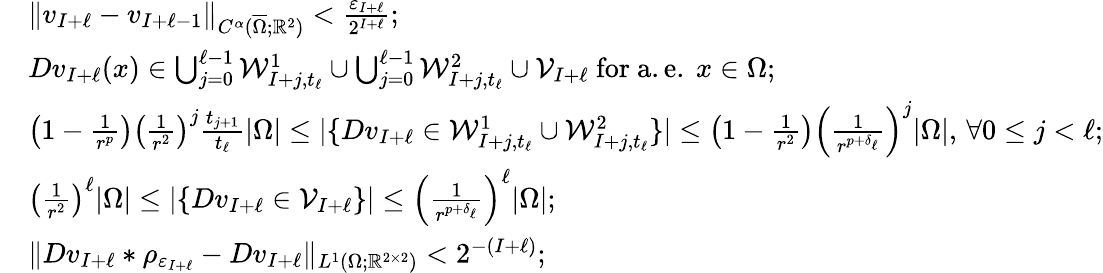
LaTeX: \begin{array}{rl}&{\| v_{I+\ell}-v_{I+\ell-1}\| _{C^{\alpha}(\overline{{\Omega}};\mathbb R^{2})}<\frac{\varepsilon_{I+\ell}}{2^{I+\ell}};}\\ &{Dv_{I+\ell}(x)\in\bigcup_{j=0}^{\ell-1}\mathcal{W}_{I+j,t_{\ell}}^{1}\cup\bigcup_{j=0}^{\ell-1}\mathcal{W}_{I+j,t_{\ell}}^{2}\cup\mathcal{V}_{I+\ell}\mathrm{~for~a.e.~}x\in\Omega;}\\ &{\left(1-\frac{1}{r^{p}}\right)\left(\frac{1}{r^{2}}\right)^{j}\frac{t_{j+1}}{t_{\ell}}|\Omega|\leq|\{ Dv_{I+\ell}\in\mathcal{W}_{I+j,t_{\ell}}^{1}\cup\mathcal{W}_{I+j,t_{\ell}}^{2}\} |\leq\left(1-\frac{1}{r^{2}}\right)\left(\frac{1}{r^{p+\delta_{\ell}}}\right)^{j}|\Omega|,\, \forall 0\leq j<\ell;}\\ &{\left(\frac{1}{r^{2}}\right)^{\ell}|\Omega|\leq|\{ Dv_{I+\ell}\in\mathcal{V}_{I+\ell}\} |\leq\left(\frac{1}{r^{p+\delta_{\ell}}}\right)^{\ell}|\Omega|;}\\ &{\| Dv_{I+\ell}\ast\rho_{\varepsilon_{I+\ell}}-Dv_{I+\ell}\| _{L^{1}(\Omega;\mathbb R^{2\times 2})}<2^{-(I+\ell)};}\end{array}